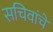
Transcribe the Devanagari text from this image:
सचिवांचें